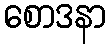
စောဒနာ